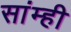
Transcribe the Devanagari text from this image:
सांम्ही